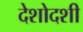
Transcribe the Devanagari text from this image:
देशोदशी